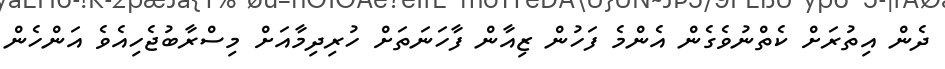
ދެން އިތުރަށް ކެތްނުވެގެން އެންމެ ފަހުން ޒިއާން ފާހަނަތަށް ހުރިދިމާއަށް މިސްރާބުޖެހިއެވެ އަންހެން